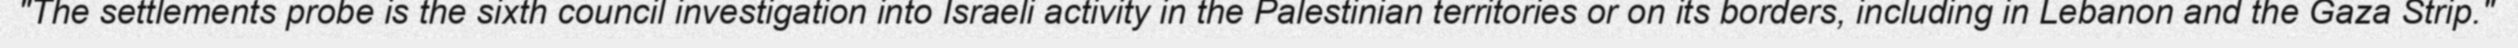
"The settlements probe is the sixth council investigation into Israeli activity in the Palestinian territories or on its borders, including in Lebanon and the Gaza Strip."